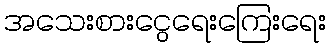
အသေးစားငွေရေးကြေးရေး